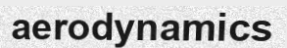
aerodynamics